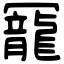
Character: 𠖥